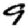
Digit: 9